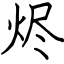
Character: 烬